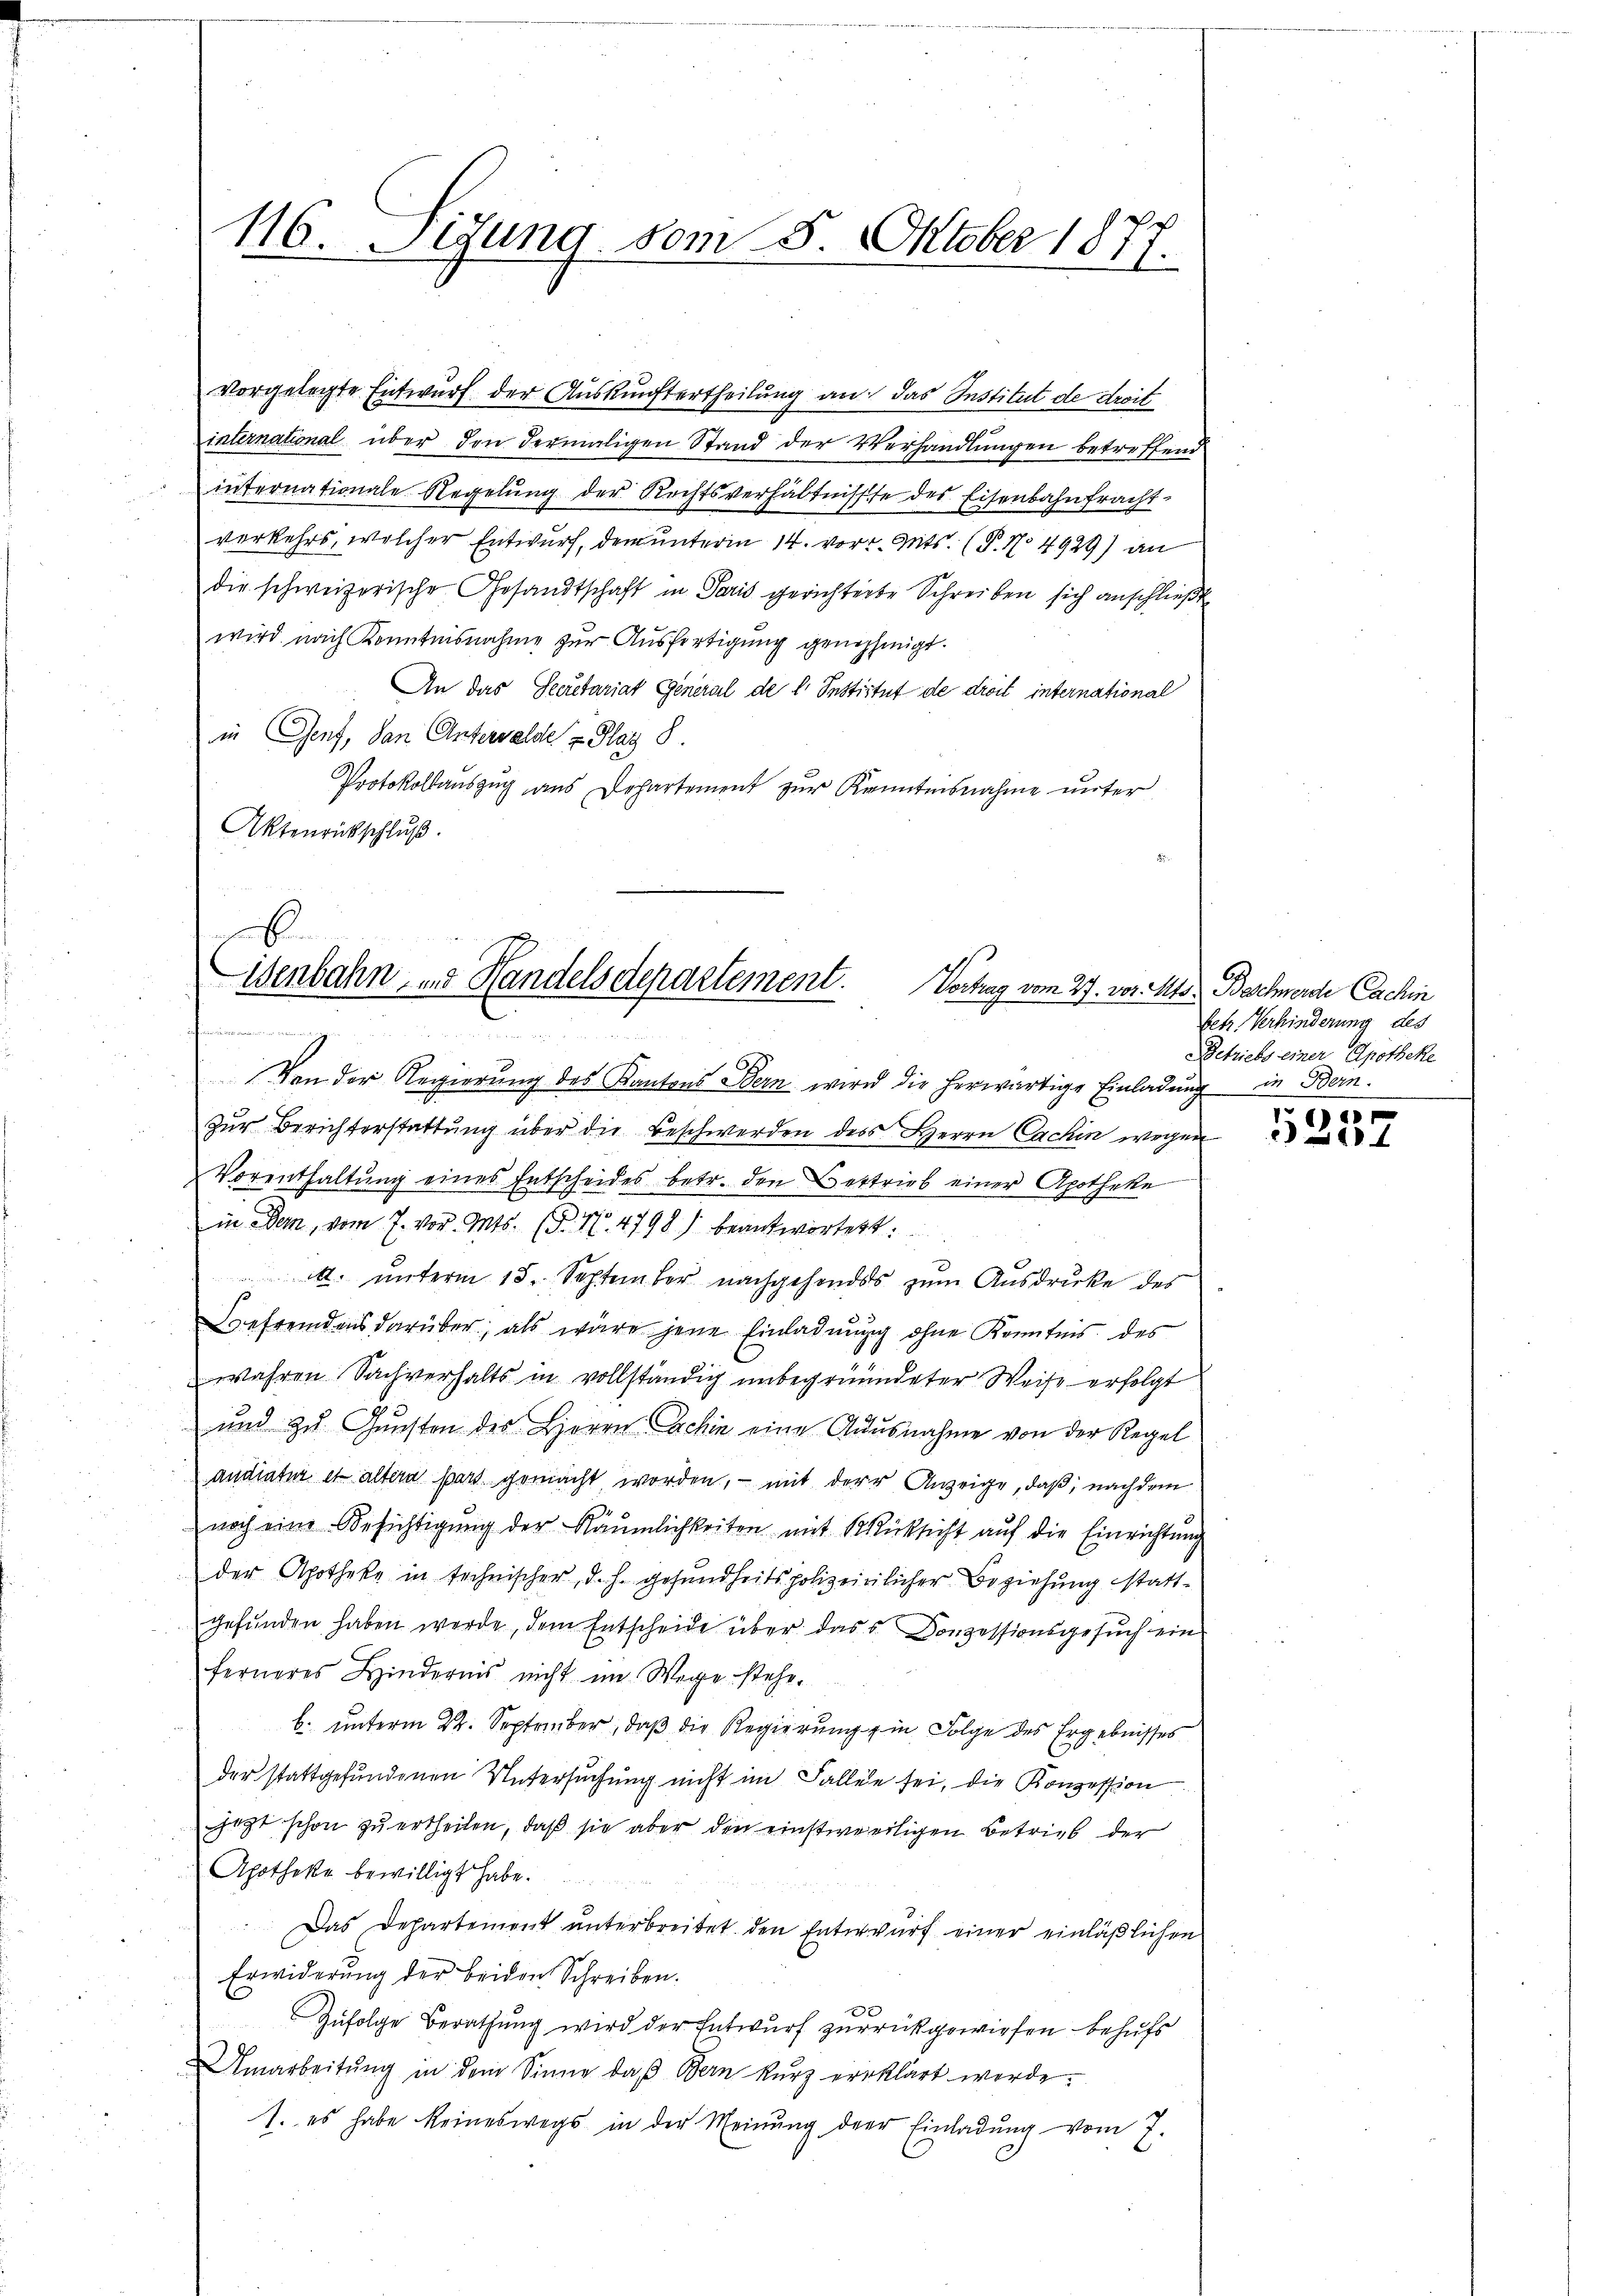
116. Sigung vom 8. Oktober 1877.

vorgelegte Entwurf der Auskunftertheilung an das Institut de droit
international über den dermaligen Stand der Verhandlungen betreffend
internationale Regelŭng der Rechtsverhältnisse des Eisenbahnfracht-
verkehrs, welcher Entwurf, dem unterm 14. vor. Mts. (T. No 4929) an
die schweizerische Gesandtschaft in Paris gerichterte Schreiben sich anschließt
wird nach Kenntnisnahme zur Ausfertigung genehmigt.
An das Secretariat General de l. Institut de droit international
in Genf, den Unterwalde & Plag 8.
Protokollauszug aus Departement zur Kenntnisnahme unter
Aktenrückschluß

6.
isenbahn- und Handelsdepartement.
Vortrag vom 27. vor. Mts. Beschwerde Cachin
un gu

Von der Regierŭng des Kantons Bern wird die herwärtige Einladŭng in Bern.
Zur Berichterstattung über die Beschwerden des Herrn Cachin wegen
Vorenthaltung eines Entscheides betr. den Bestrieb einer Apotheke
in ein, vom 7. vor. Mts. (T. 17. 4798) beantwortet:
. ŭnterm 18. September nachgehendes zŭm Aŭsdrŭcke des
Befremdens darüber, als wäre jene Einladung ohne Kenntnis des
wahren Sachverhalts in vollständig unbegründeter Weise erfolgt
und zu Gunsten des Herrn Schin eine Ausnahme von der Regel
andiatur et altera pars gemacht worden, – mit der Anzeige, daß, nachdem
noch eine Besichtigŭng der Räumlichkeiten mit Rücksicht auf die Einrichtung
der Apotheke in technischer, d. h. gesundheitspolizeinlicher Beziehung statt-
gefunden haben werde, dem Entscheide über dass Konzessionsgesuch ein
ferneres Hindernis nicht im Wege stehe.
b. unterm 22. September, daß die Regierung in Folge des Ergebnisses
der stattgefundenen Untersuchung nicht im Fallen sei, die Konzession
jetzt schon zu ertheilen, daß sie aber den einstweiligen Betrieb der
Apotheke bewilligt habe.
Das Departement unterbreitet den Enterwurf einer einläßlichen
Erwiderung der beiden Schreiben.
Zufolge Berathung wird der Entwurf zurückgewiesen behufs
Umarbeitŭng in dem Sinne daβ Bern kurz erklärt werde.
1. es habe keineswegs in der Meinung der Einladung vom 7.

betr. Verhinderung des
Betriebs einer Apotheke

.
x